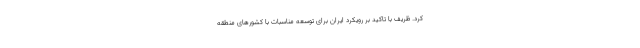
کرد. ظریف با تاکید بر رویکرد ایران برای توسعه مناسبات با کشورهای منطقه